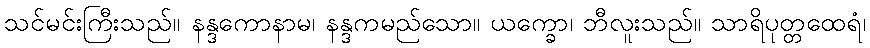
သင်မင်းကြီးသည်။ နန္ဒကောနာမ၊ နန္ဒကမည်သော။ ယက္ခော၊ ဘီလူးသည်။ သာရိပုတ္တထေရံ၊